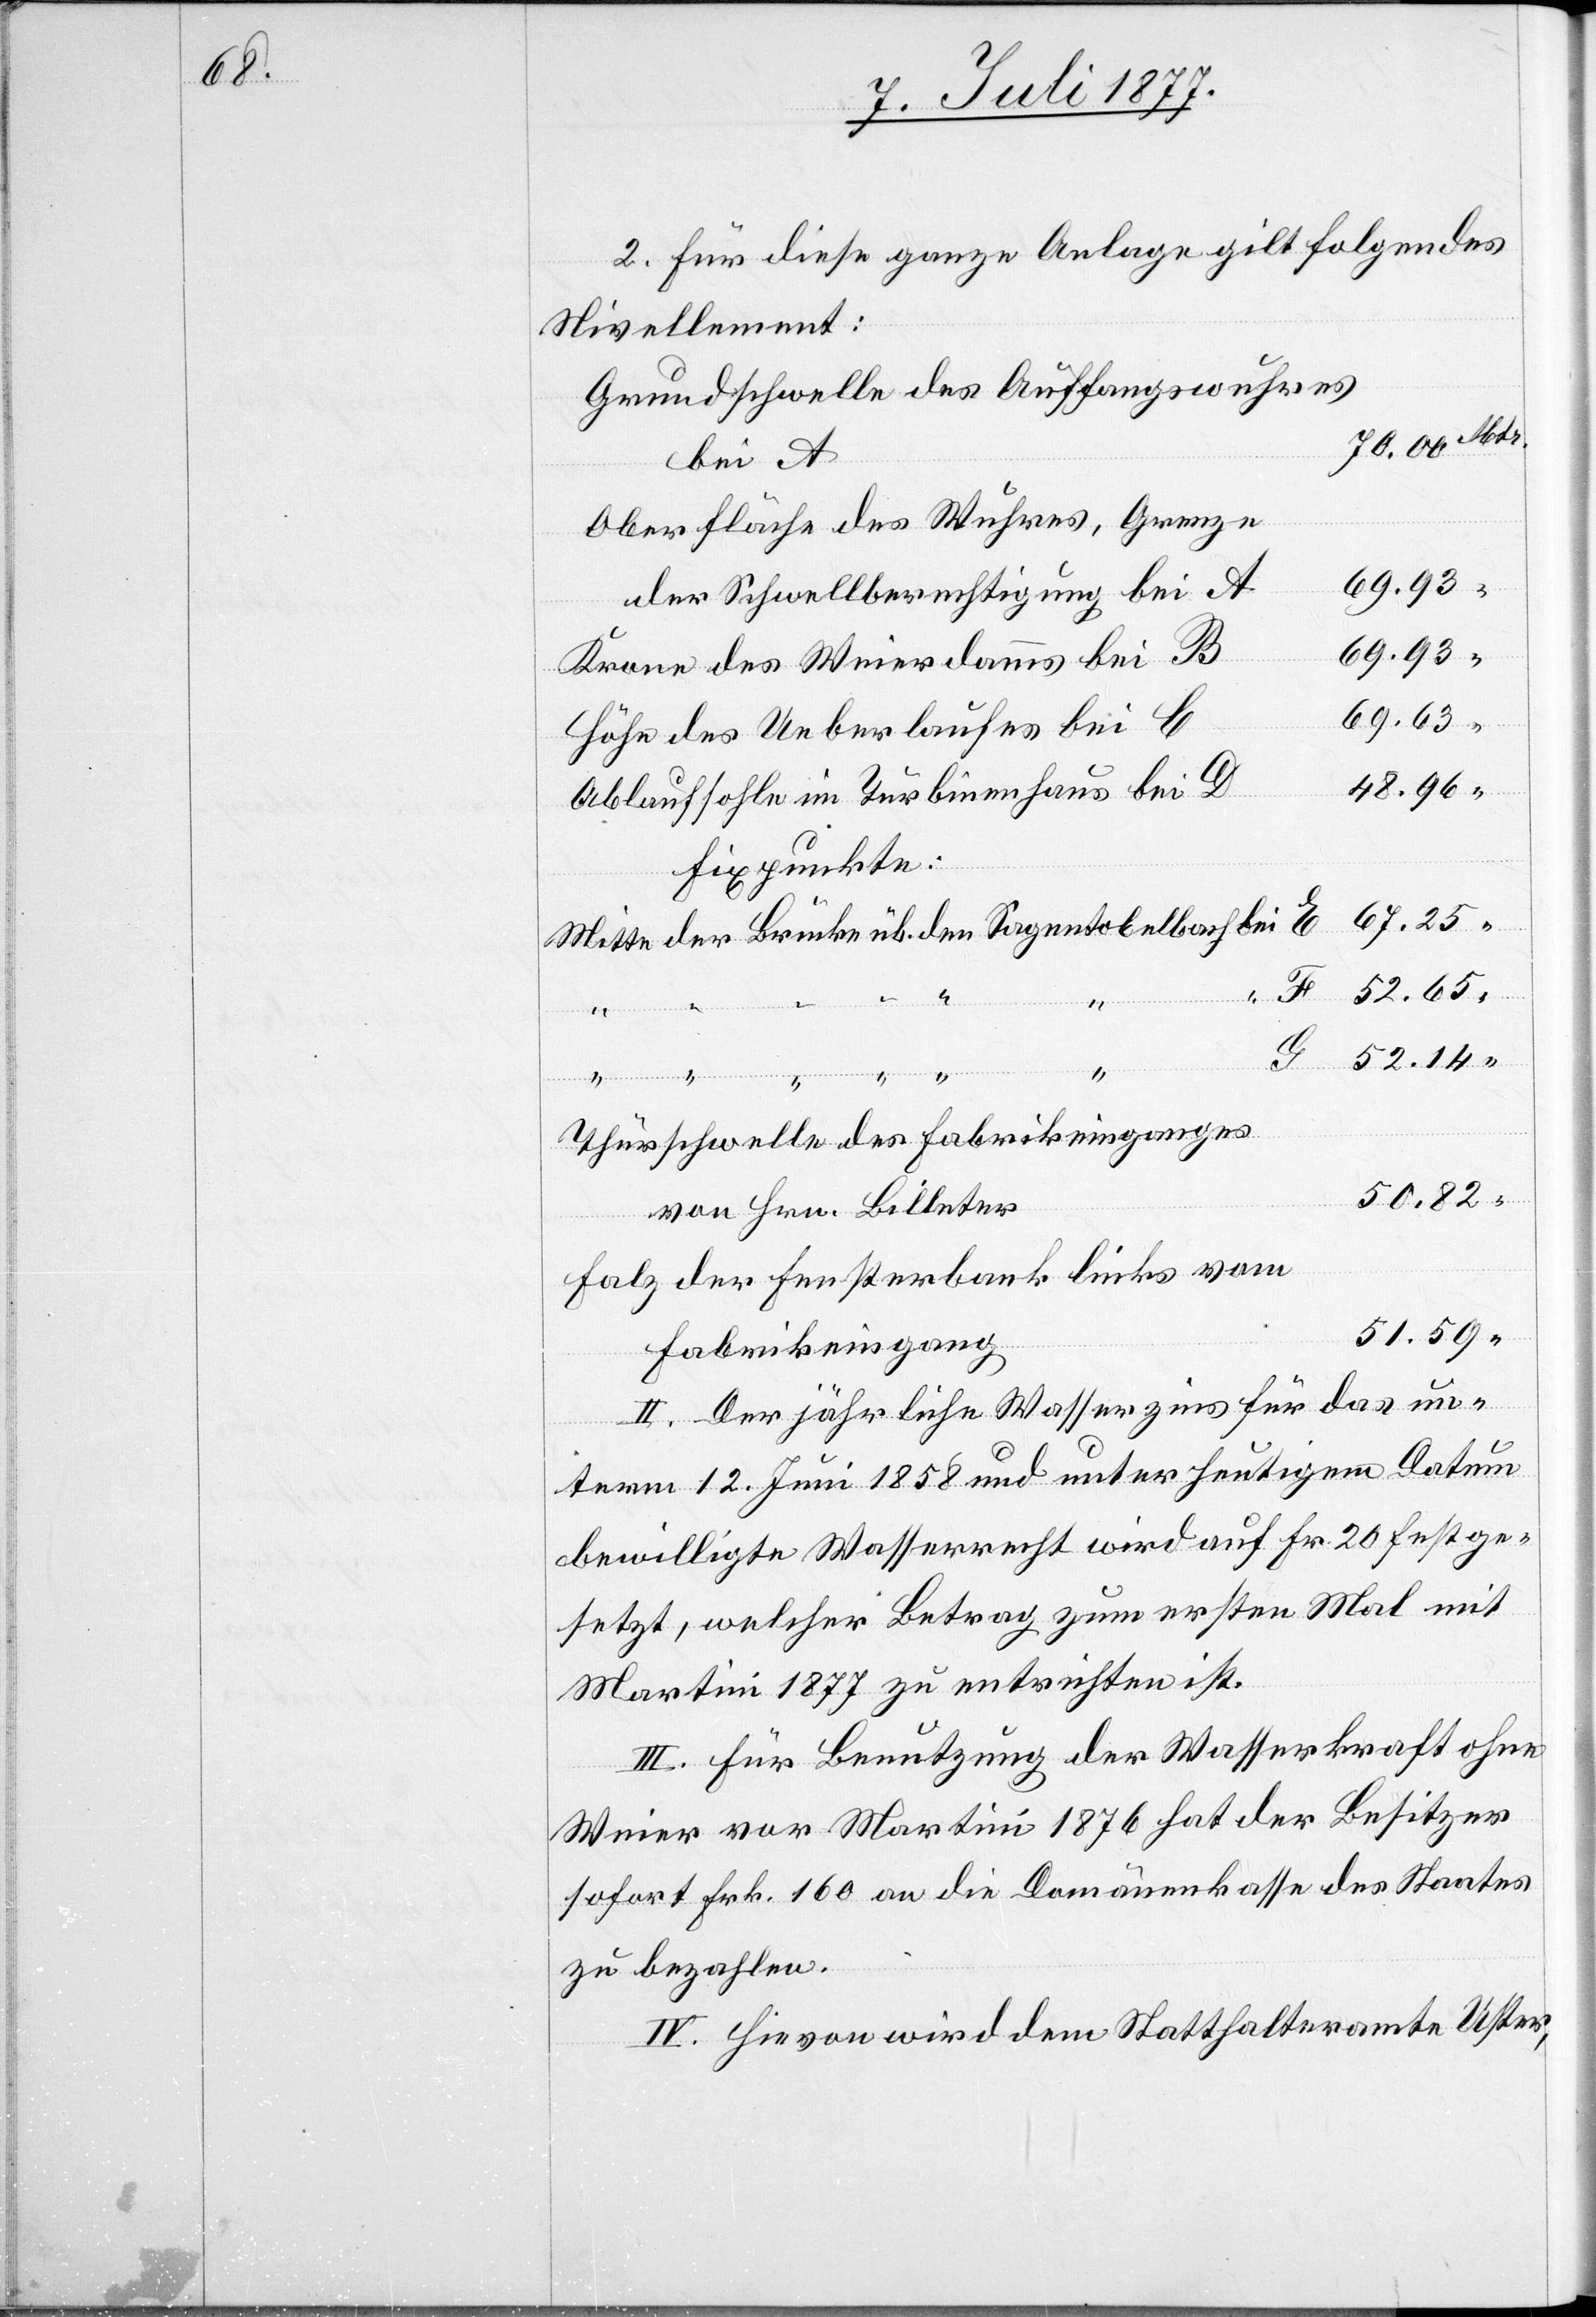
2. Für diese ganze Anlage gilt folgendes
Nivellement:
Grundschwelle des Auffangswuhres
70.00Mtr.
bei A
Oberfläche des Wuhres, Grenze
der Schwellberechtigung bei A
69.93
Krone des Weierdamms bei B
69.63 “
Höhe des Ueberlaufes bei C
48.96
Ablaufsohle im Turbinenhaus bei D
Fixpunkte:
67.25
Mitte der Brücke üb. den Sagentobelbach bei E
“
G
52.14
Thürschwelle des Fabrikeinganges
50.82
von Hrn. Billeter
Falz der Fensterbank links vom
51.59 “
Fabrikeingang
II. Der jährliche Wasserzins für das un¬
term 12. Juni 1858 und unter heutigem Datum
bewilligte Wasserrecht wird auf Fr. 20 festge¬
setzt, welcher Betrag zum ersten Mal mit
Martini 1877 zu entrichten ist.
III. Für Benutzung der Wasserkraft ohne
Weier vor Martini 1876 hat der Besitzer
sofort Frk. 160 an die Domänenkasse des Staates
zu bezahlen.
IV. Hievon wird dem Statthalteramte Uster,